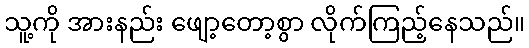
သူ့ကို အားနည်း ဖျော့တော့စွာ လိုက်ကြည့်နေသည်။